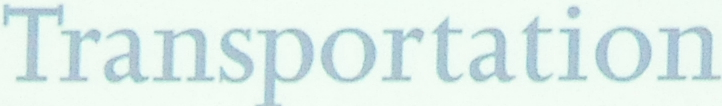
Transportation